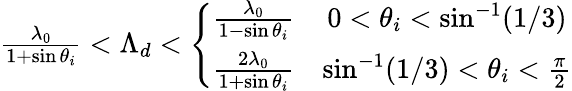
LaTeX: \begin{array}{r}{\frac{\lambda_{0}}{1+\sin\theta_{i}}<\Lambda_{d}<\left\{ \begin{array}{rcr}{\frac{\lambda_{0}}{1-\sin\theta_{i}}}&{0<\theta_{i}<\sin^{-1}(1/3)}\\ {\frac{2\lambda_{0}}{1+\sin\theta_{i}}}&{\sin^{-1}(1/3)<\theta_{i}<\frac{\pi}{2}}\end{array}\right.}\end{array}